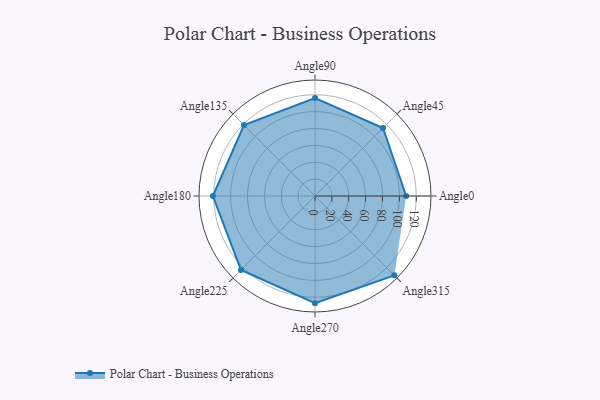
{"axis": {"x": "Angle", "y": "Radius"}, "legend": [""], "data": [{"x": "Angle0", "y": 108.0, "type": ""}, {"x": "Angle45", "y": 114.0, "type": ""}, {"x": "Angle90", "y": 116.0, "type": ""}, {"x": "Angle135", "y": 119.0, "type": ""}, {"x": "Angle180", "y": 121.0, "type": ""}, {"x": "Angle225", "y": 124.0, "type": ""}, {"x": "Angle270", "y": 127.0, "type": ""}, {"x": "Angle315", "y": 133.0, "type": ""}]}